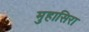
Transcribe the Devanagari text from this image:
मुहासिरा